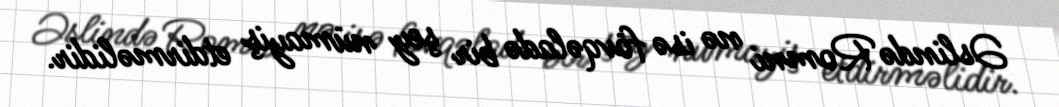
Əslində Romni nə isə fövqəladə bir şey nümayiş etdirməlidir.